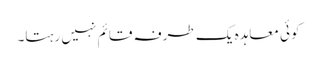
کوئی معاہدہ یک طرفہ قائم نہیں رہتا۔